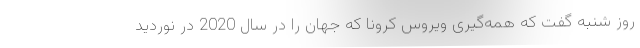
روز شنبه گفت که همه‌گیری ویروس کرونا که جهان را در سال 2020 در نوردید